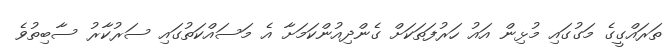
ތަރައްގީގެ މަގުގައި މުޅިން އައު ހަރުފަތަކަށް ގެންދިއުންކަމަށާ އެ މަސައްކަތުގައި ސަރުކާރު ސާބިތުވެ